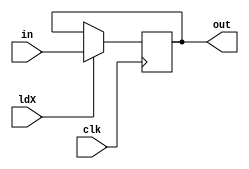
`timescale 1ns/1ns

module RegX(input ldX, clk, input[15:0] in, output reg [15:0] out);

  always@ (posedge clk) begin
    if(ldX) out <= in;
  end
  
endmodule